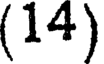
(14)